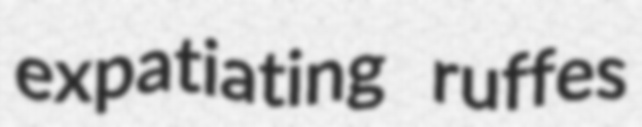
expatiating ruffes